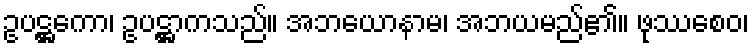
ဥပဋ္ဌကော၊ ဥပဋ္ဌာကသည်။ အဘယောနာမ၊ အဘယမည်၏။ ဖုဿစေဝ၊